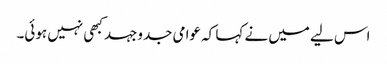
اس لیے میں نے کہا کہ عوامی جدوجہد کبھی نہیں ہوئی۔